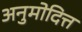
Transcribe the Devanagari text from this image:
अनुमोदित्त